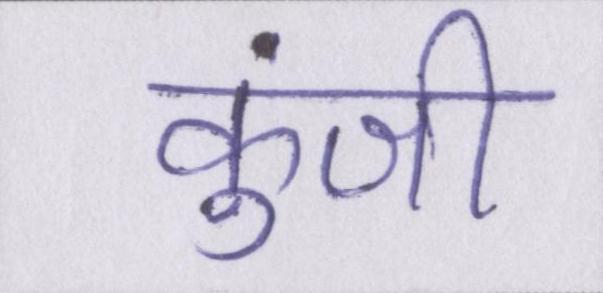
कुंजी